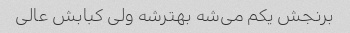
برنجش یکم می‌شه بهترشه ولی کبابش عالی